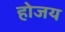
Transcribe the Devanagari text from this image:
होजय